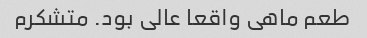
طعم ماهی واقعا عالی بود. متشکرم